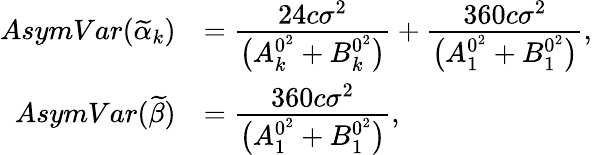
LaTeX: \begin{array}{rl}{AsymVar(\widetilde{\alpha}_{k})}&{=\cfrac{24c\sigma^{2}}{\big(A_{k}^{0^{2}}+B_{k}^{0^{2}}\big)}+\cfrac{360c\sigma^{2}}{\big(A_{1}^{0^{2}}+B_{1}^{0^{2}}\big)},}\\ {AsymVar(\widetilde{\beta})}&{=\cfrac{360c\sigma^{2}}{\big(A_{1}^{0^{2}}+B_{1}^{0^{2}}\big)},}\end{array}